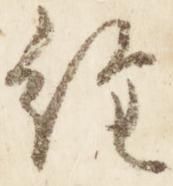
経